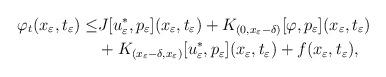
LaTeX: \begin{align*}\varphi_t(x_\varepsilon,t_\varepsilon)\le& J[u_\varepsilon^*,p_\varepsilon](x_\varepsilon,t_\varepsilon)+K_{(0,x_\varepsilon-\delta)}[\varphi,p_\varepsilon](x_\varepsilon,t_\varepsilon)\\&+K_{(x_\varepsilon-\delta,x_\varepsilon)}[u_\varepsilon^*,p_\varepsilon](x_\varepsilon,t_\varepsilon)+f(x_\varepsilon,t_\varepsilon),\end{align*}